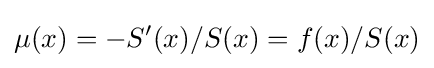
\mu (x)=-S'(x)/S(x)=f(x)/S(x)